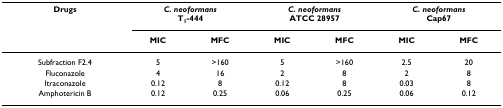
<table><thead><tr><td><b>Drugs</b></td><td colspan="2"><b><i>C. neoformans</i>T<sub>1</sub>-444</b></td><td colspan="2"><b><i>C. neoformans</i>ATCC 28957</b></td><td colspan="2"><b><i>C. neoformans</i>Cap67</b></td></tr><tr><td></td><td><b>MIC</b></td><td><b>MFC</b></td><td><b>MIC</b></td><td><b>MFC</b></td><td><b>MIC</b></td><td><b>MFC</b></td></tr></thead><tbody><tr><td>Subfraction F2.4</td><td>5</td><td>&gt;160</td><td>5</td><td>&gt;160</td><td>2.5</td><td>20</td></tr><tr><td>Fluconazole</td><td>4</td><td>16</td><td>2</td><td>8</td><td>2</td><td>8</td></tr><tr><td>Itraconazole</td><td>0.12</td><td>8</td><td>0.12</td><td>8</td><td>0.03</td><td>8</td></tr><tr><td>Amphotericin B</td><td>0.12</td><td>0.25</td><td>0.06</td><td>0.25</td><td>0.06</td><td>0.12</td></tr></tbody></table>